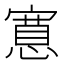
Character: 𭔗